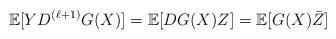
LaTeX: \begin{align*}\mathbb{E}[YD^{(\ell+1)}G(X)]=\mathbb{E}[DG(X)Z]=\mathbb{E}[G(X)\bar{Z}]\end{align*}